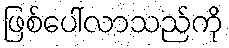
ဖြစ်ပေါ်လာသည်ကို